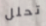
تحلل